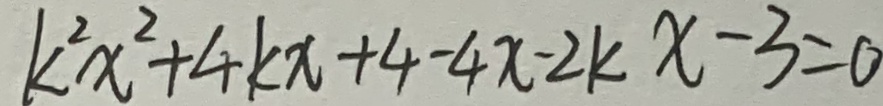
k ^ { 2 } x ^ { 2 } + 4 k x + 4 - 4 x - 2 k x - 3 = 0